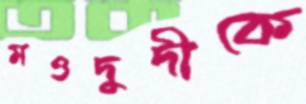
মওদুদীকে